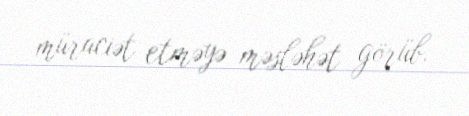
müraciət etməyə məsləhət görüb.